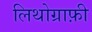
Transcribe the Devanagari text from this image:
लिथोग्राफ़ी